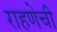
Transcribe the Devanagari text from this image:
राहणेची